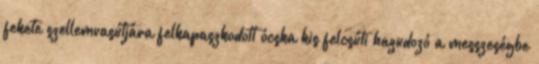
fekete szellemvasútjára felkapaszkodott ócska kis felcsúti hazudozó a messzeségbe